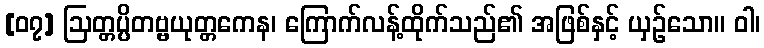
[၀၇] ဩတ္တပ္ပိတဗ္ဗယုတ္တကေန၊ ကြောက်လန့်ထိုက်သည်၏ အဖြစ်နှင့် ယှဉ်သော။ ဝါ၊